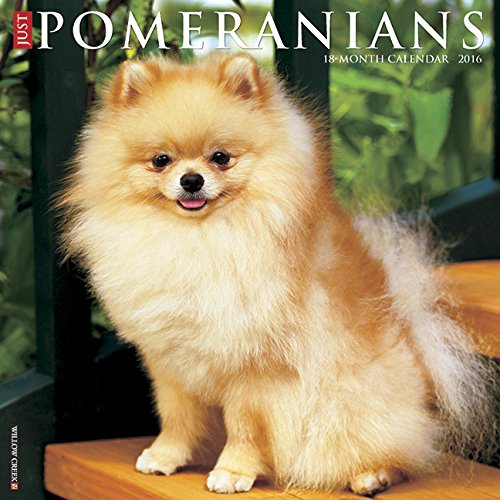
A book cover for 2016 Just Pomeranians Wall Calendar; Willow Creek Press; Calendars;